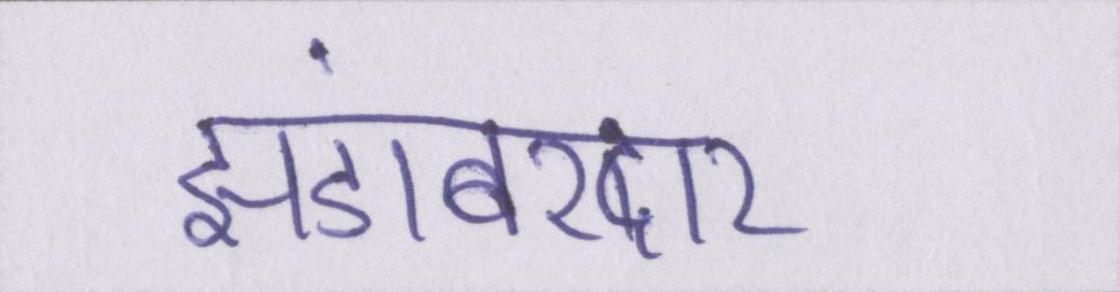
झंडाबरदार